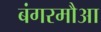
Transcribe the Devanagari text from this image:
बंगरमौआ